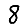
Digit: 8